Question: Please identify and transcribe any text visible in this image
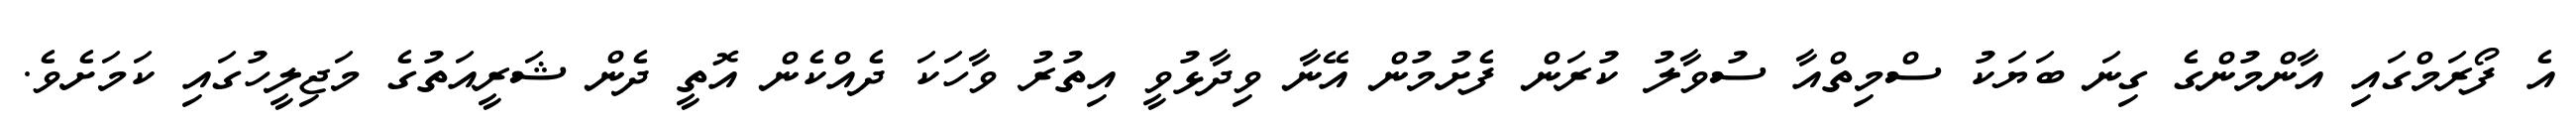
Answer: އެ ފޯރަމްގައި އާންމުންގެ ގިނަ ބަޔަކު ސްމިތްއާ ސުވާލު ކުރަން ފެށުމުން އޭނާ ވިދާޅުވީ އިތުރު ވާހަކަ ދެއްކެން އޮތީ ދެން ޝަރީއަތުގެ މަޖިލީހުގައި ކަމަށެވެ.